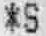
*S